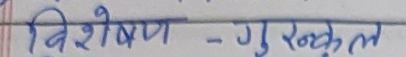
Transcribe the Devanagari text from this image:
विशेषण - गुरुकुल